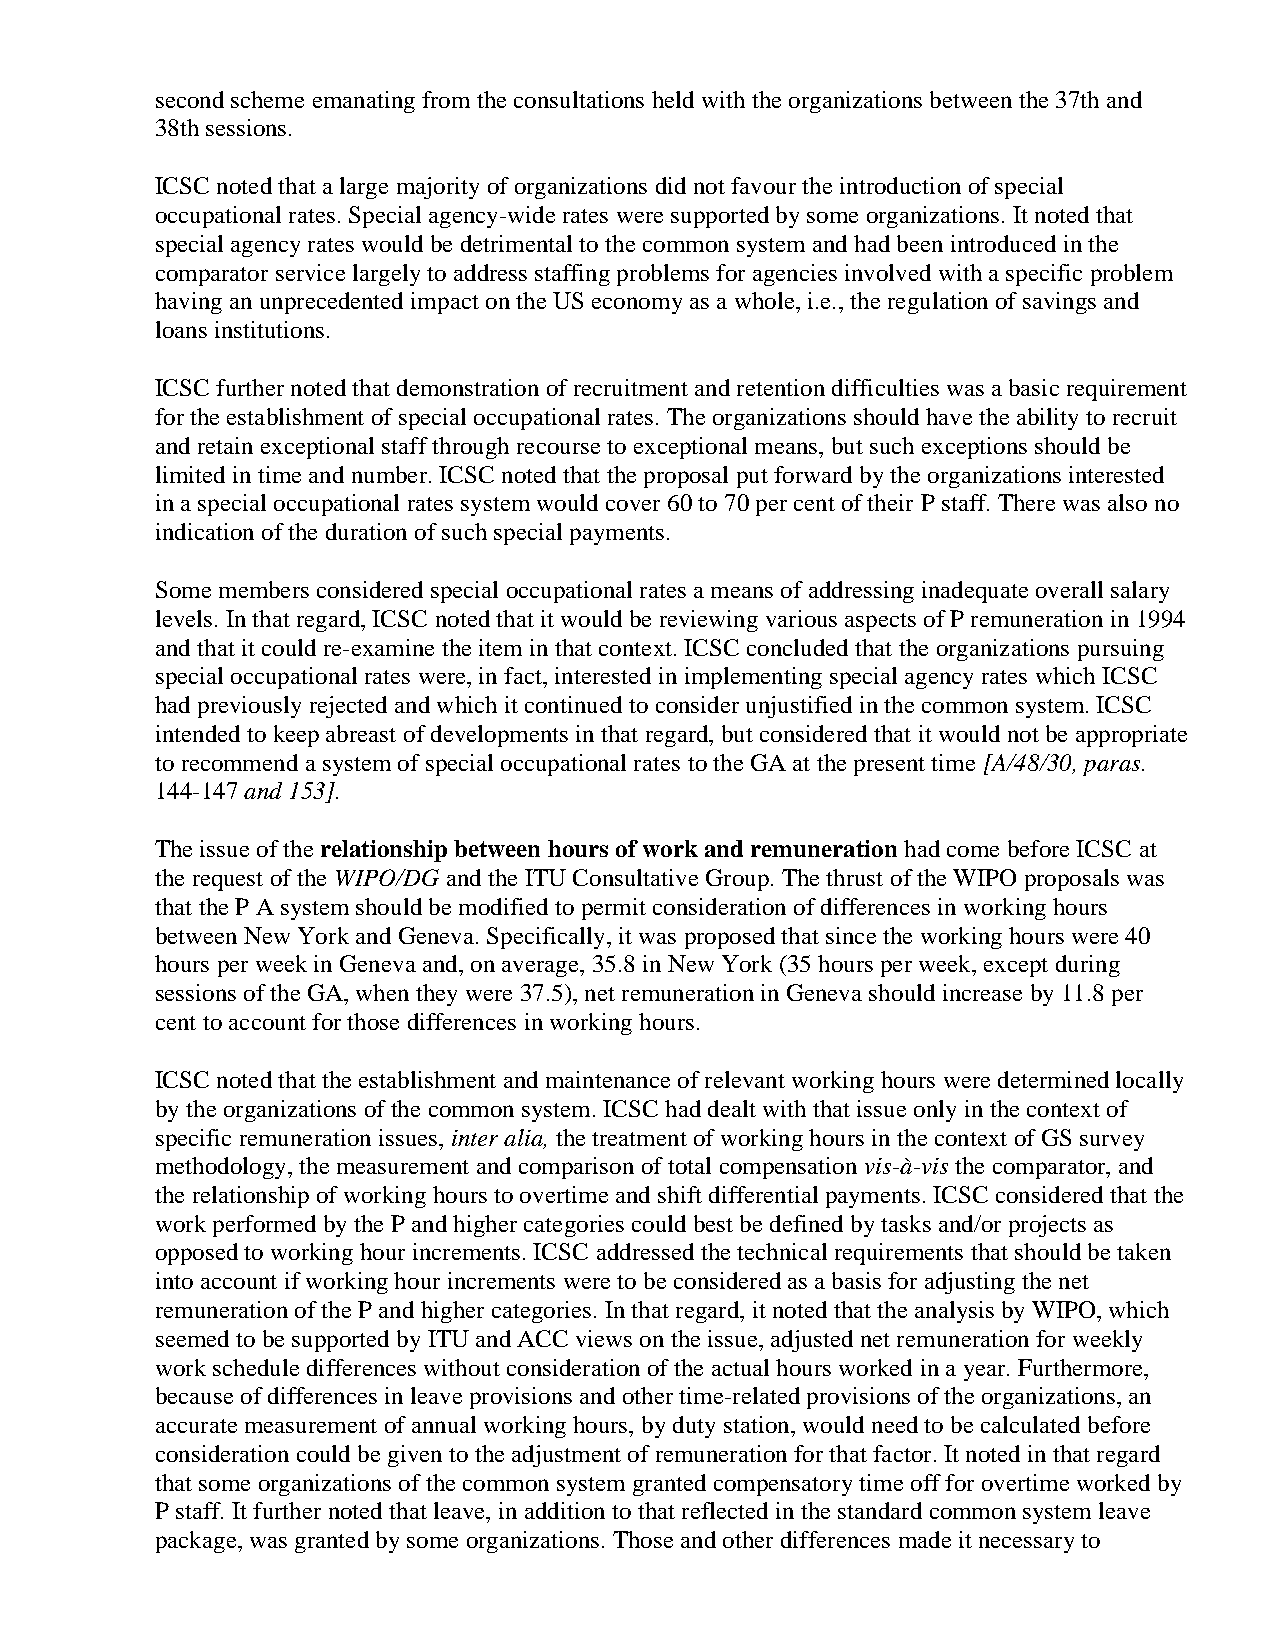
second scheme emanating from the consultations held with the organizations between the 37th and
 38th sessions.
 ICSC noted that a large majority of organizations did not favour the introduction of special
 occupational rates. Special agency-wide rates were supported by some organizations. It noted that
 special agency rates would be detrimental to the common system and had been introduced in the
 comparator service largely to address staffing problems for agencies involved with a specific problem
 having an unprecedented impact on the US economy as a whole, i.e., the regulation of savings and
 loans institutions.
 ICSC further noted that demonstration of recruitment and retention difficulties was a basic requirement
 for the establishment of special occupational rates. The organizations should have the ability to recruit
 and retain exceptional staff through recourse to exceptional means, but such exceptions should be
 limited in time and number. ICSC noted that the proposal put forward by the organizations interested
 in a special occupational rates system would cover 60 to 70 per cent of their P staff. There was also no
 indication of the duration of such special payments.
 Some members considered special occupational rates a means of addressing inadequate overall salary
 levels. In that regard, ICSC noted that it would be reviewing various aspects of P remuneration in 1994
 and that it could re-examine the item in that context. ICSC concluded that the organizations pursuing
 special occupational rates were, in fact, interested in implementing special agency rates which ICSC
 had previously rejected and which it continued to consider unjustified in the common system. ICSC
 intended to keep abreast of developments in that regard, but considered that it would not be appropriate
 to recommend a system of special occupational rates to the GA at the present time [A/48/30, paras.
 144-147 and 153].
 The issue of the relationship between hours of work and remuneration had come before ICSC at
 the request of the WIPO/DG and the ITU Consultative Group. The thrust of the WIPO proposals was
 that the P A system should be modified to permit consideration of differences in working hours
 between New York and Geneva. Specifically, it was proposed that since the working hours were 40
 hours per week in Geneva and, on average, 35.8 in New York (35 hours per week, except during
 sessions of the GA, when they were 37.5), net remuneration in Geneva should increase by 11.8 per
 cent to account for those differences in working hours.
 ICSC noted that the establishment and maintenance of relevant working hours were determined locally
 by the organizations of the common system. ICSC had dealt with that issue only in the context of
 specific remuneration issues, inter alia, the treatment of working hours in the context of GS survey
 methodology, the measurement and comparison of total compensation vis-à-vis the comparator, and
 the relationship of working hours to overtime and shift differential payments. ICSC considered that the
 work performed by the P and higher categories could best be defined by tasks and/or projects as
 opposed to working hour increments. ICSC addressed the technical requirements that should be taken
 into account if working hour increments were to be considered as a basis for adjusting the net
 remuneration of the P and higher categories. In that regard, it noted that the analysis by WIPO, which
 seemed to be supported by ITU and ACC views on the issue, adjusted net remuneration for weekly
 work schedule differences without consideration of the actual hours worked in a year. Furthermore,
 because of differences in leave provisions and other time-related provisions of the organizations, an
 accurate measurement of annual working hours, by duty station, would need to be calculated before
 consideration could be given to the adjustment of remuneration for that factor. It noted in that regard
 that some organizations of the common system granted compensatory time off for overtime worked by
 P staff. It further noted that leave, in addition to that reflected in the standard common system leave
 package, was granted by some organizations. Those and other differences made it necessary to